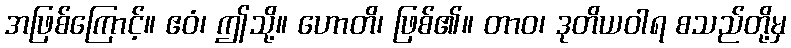
အဖြစ်ကြောင့်။ ဧဝံ၊ ဤသို့။ ဟောတိ၊ ဖြစ်၏။ တာဝ၊ ဒုတိယဝါရ စသည်တို့မှ